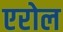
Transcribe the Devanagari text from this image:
एरोल